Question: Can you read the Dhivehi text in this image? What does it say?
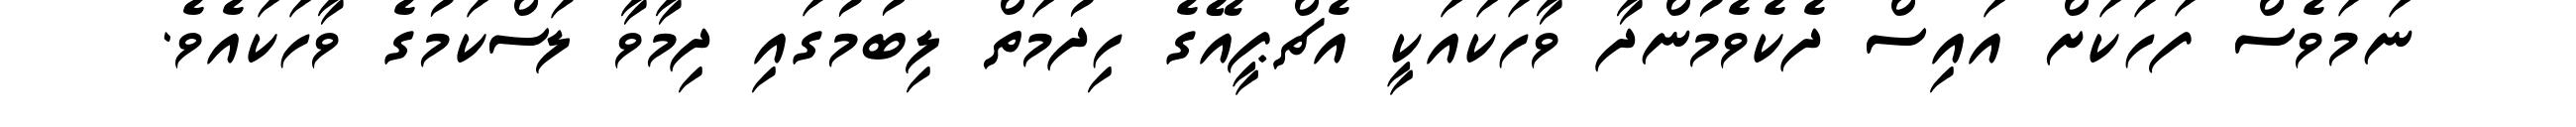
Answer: ނަމަވެސް ފަހަކަށް އައިސް ދެކެވެމުންދާ ވާހަކައަކީ އެޗްޕީއޭގެ ހިދުމަތް ލިބުމުގައި ދިމާވާ ލަސްކަމުގެ ވާހަކައެވެ.